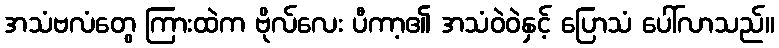
အသံဗလံတွေ ကြားထဲက ဗိုလ်လေး ပီကာ့၏ အသံဝဲဝဲနှင့် ပြောသံ ပေါ်လာသည်။